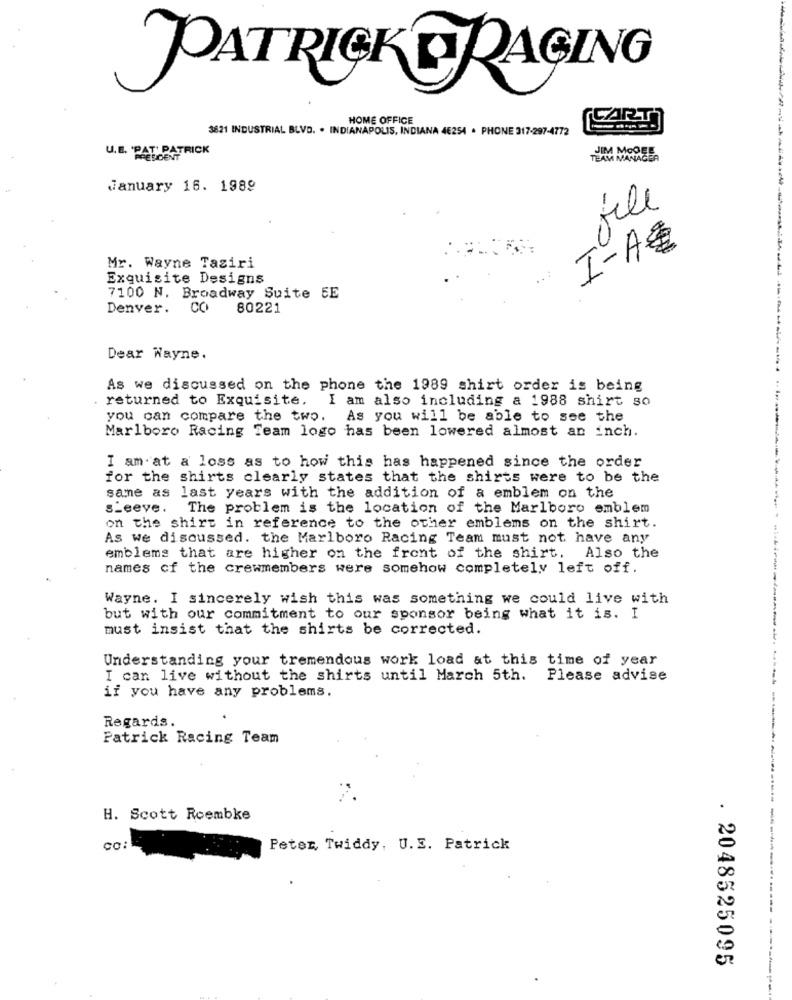
PATRICKRAGING
HOME OFFICE
3621 INDUSTRIAL BLVD. . INDIANAPOLIS, INDIANA 4E254 · PHONE 317-297-4772
T. PATRICK
JIM MOORE
U.E. PATIEN
January 16. 1989
file
I-AZ
Mr. Wayne Tasiri
Exquisite Designs
7100 N. Broadway Suite 5E
Denver. CO
80221
Dear Wayne.
As we discussed on the phone the 1989 shirt order is being
. returned to Exquisite, I am also including a 1988 shirt so
you can compare the two.
As you will be able to see the
Marlboro Racing Team logo has been lowered almost an inch.
I am at a loss as to how this has happened since the order
for the shirts clearly states that the shirts were to be the
same as last years with the addition of a emblem on the
s_eeve.
The problem is the location of the Marlboro emblem
on the shirt in reference to the other emblems on the shirt.
As we discussed. the Marlboro Racing Team must not have any
emblems that are higher on the front of the shirt. Also the
names of the crewmembers were somehow completely left off.
Wayne. I sincerely wish this was something we could live with
but with our commitment to our sponsor being what it is. I
must insist that the shirts be corrected.
Understanding your tremendous work load at this time of year
I can live without the shirts until March 5th.
Please advise
if you have any problems.
Regards.
Patrick Racing Team
H. Scott Roembke
Peter, Twiddy, U.E. Patrick
. 2048525095